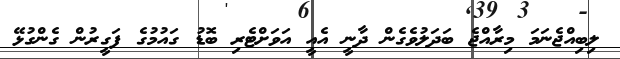
ލިބިއްޖެނަމަ މިރާއްޖެ ބަދަލުވެގެން ދާނީ އެއީ އަވަށްޓެރި ބޮޑު ގައުުމުގެ ފަގީރުން ގެންގުޅޭ